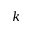
k